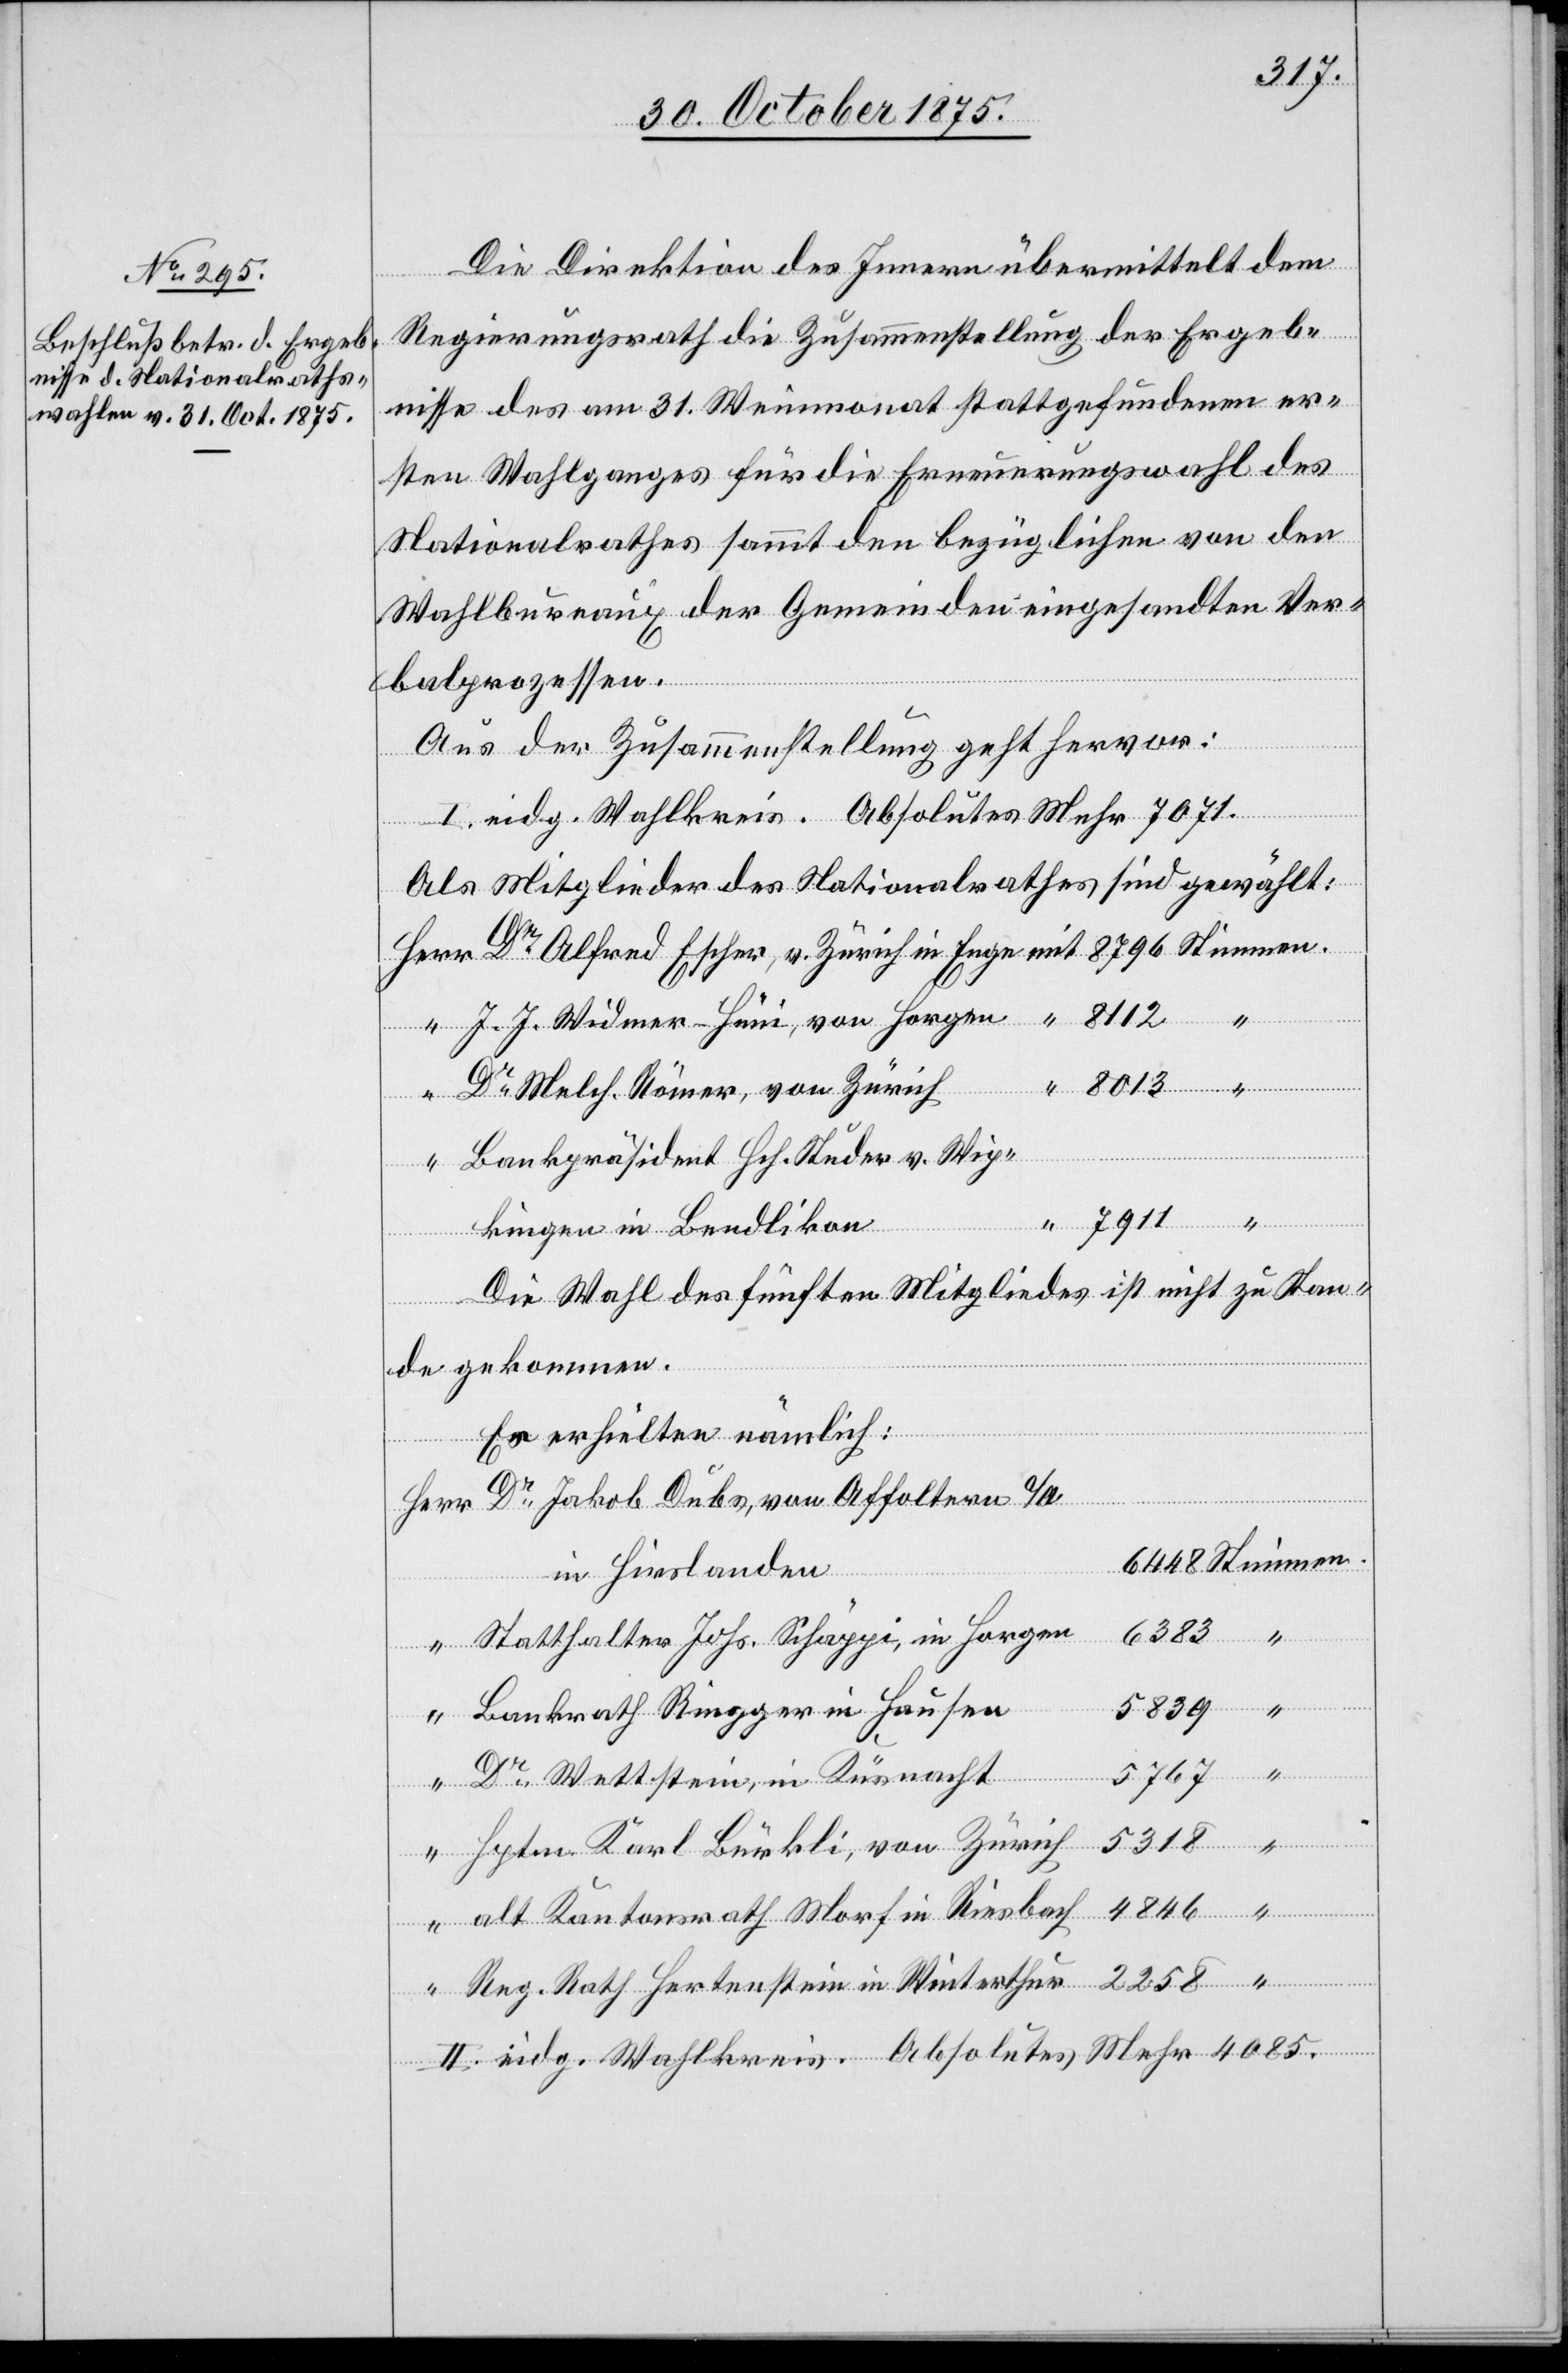
4. November 1875.
Die Direktion des Innern übermittelt dem
in Enge
Regierungsrath die Zusammenstellung der Ergeb¬
nisse des am 31. Weinmonat stattgefundenen er¬
sten Wahlganges für die Erneuerungswahl des
Nationalrathes sammt den bezüglichen von den
Wahlbureaux der Gemeinden eingesandten Ver¬
balprozessen.
Aus der Zusammenstellung geht hervor:
I. eidg. Wahlkreis. Absolutes Mehr 7071.
Als Mitglieder des Nationalrathes sind gewählt:
J. J. Widmer-Hüni, von Horgen
Dr Melch. Römer, von Zürich
Bankpräsident Hch. Studer v. Wip¬
kingen in Bendlikon
5839
Die Wahl des fünften Mitgliedes ist nicht zu Stan¬
de gekommen.
Es erhielten nämlich:
Stimmen.
Dr Jakob Dubs, von Affoltern a/A.
Herr
in Hirslanden
Statthalter Johs. Schäppi, in Horgen
Bankrath Ringger in Hausen
Dr Wettstein, in Küsnacht
Hptm. Karl Bürkli, von Zürich
alt Kantonsrath Morf in Riesbach
Reg. Rath Hertenstein in Winterthur
II. eidg. Wahlkreis. Absolutes Mehr 4085.